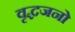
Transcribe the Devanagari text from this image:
वृद्धजनो